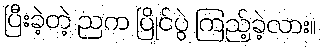
ပြီးခဲ့တဲ့ ညက ပြိုင်ပွဲ ကြည့်ခဲ့လား။